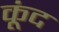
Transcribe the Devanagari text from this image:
कूंद